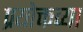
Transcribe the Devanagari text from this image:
प्रयोक्तव्या